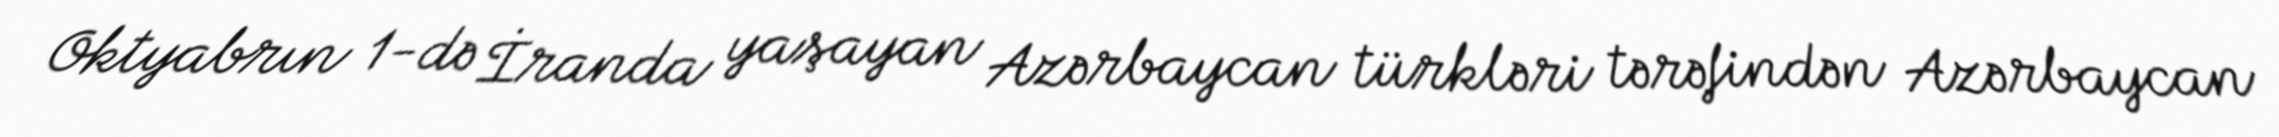
Oktyabrın 1-də İranda yaşayan Azərbaycan türkləri tərəfindən Azərbaycan